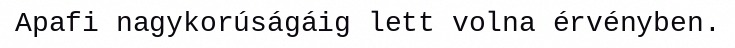
Apafi nagykorúságáig lett volna érvényben.